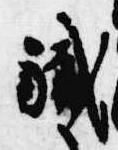
職